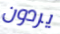
يردون